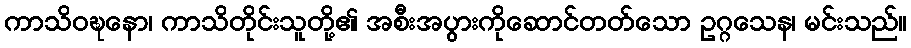
ကာသိဝဍ္ဎနော၊ ကာသိတိုင်းသူတို့၏ အစီးအပွားကိုဆောင်တတ်သော ဥဂ္ဂသေန၊ မင်းသည်။